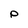
Character: P